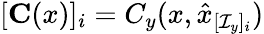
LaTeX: [\mathbf{C}(x)]_{i}=C_{y}(x,\hat{x}_{[\mathcal{I}_{y}]_{i}})